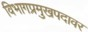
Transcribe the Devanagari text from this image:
विभागप्रमुखपदावर